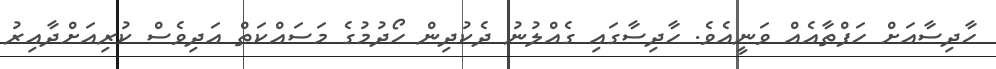
ހާދިސާއަށް ހަފްތާއެއް ވަނީއެވެ. ހާދިސާގައި ގެއްލުނު ދެކުދިން ހޯދުމުގެ މަސައްކަތް އަދިވެސް ކުރިއަށްދާއިރު